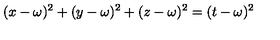
( x - \omega ) ^ { 2 } + ( y - \omega ) ^ { 2 } + ( z - \omega ) ^ { 2 } = ( t - \omega ) ^ { 2 }